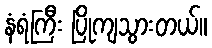
နံရံကြီး ပြိုကျသွားတယ်။